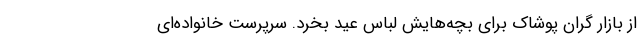
از بازار گران پوشاک برای بچه‌هایش لباس عید بخرد. سرپرست خانواده‌‌ای